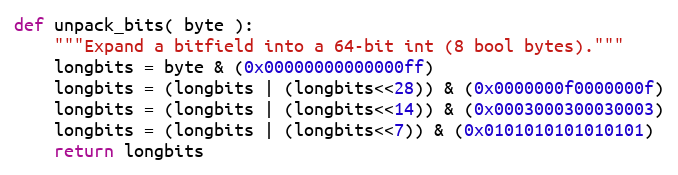
Language: Python
def unpack_bits( byte ):
    """Expand a bitfield into a 64-bit int (8 bool bytes)."""
    longbits = byte & (0x00000000000000ff)
    longbits = (longbits | (longbits<<28)) & (0x0000000f0000000f)
    longbits = (longbits | (longbits<<14)) & (0x0003000300030003)
    longbits = (longbits | (longbits<<7)) & (0x0101010101010101)
    return longbits